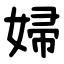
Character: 婦